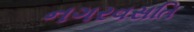
નગરવસતિ